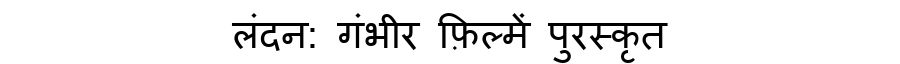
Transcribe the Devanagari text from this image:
लंदन: गंभीर फ़िल्में पुरस्कृत